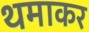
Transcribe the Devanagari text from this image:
थमाकर